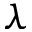
\lambda